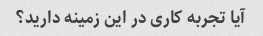
آیا تجربه کاری در این زمینه دارید؟